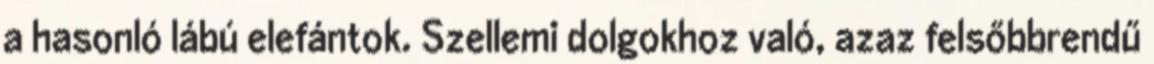
a hasonló lábú elefántok. Szellemi dolgokhoz való, azaz felsőbbrendű